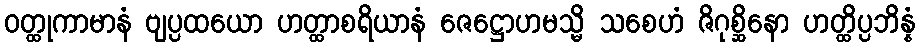
ဝတ္ထုကာမာနံ ဗျပ္ပထယော ဟတ္ထာစရိယာနံ ဇေဋ္ဌောဟမသ္မိ သစေဟံ ဇိဂုစ္ဆိနော ဟတ္ထိပ္ပဘိန္နံ